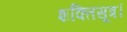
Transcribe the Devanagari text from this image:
शक्तिसूत्र।